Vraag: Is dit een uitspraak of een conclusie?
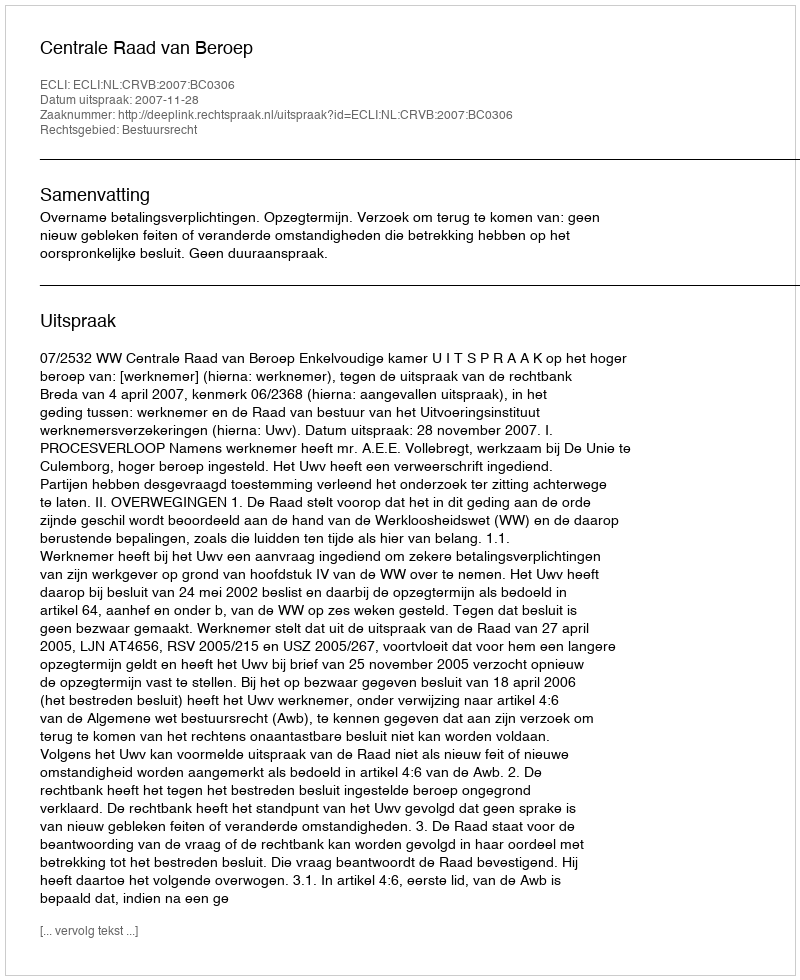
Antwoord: Uitspraak